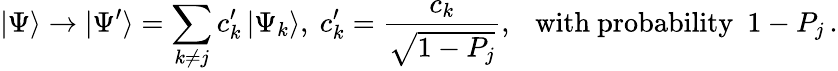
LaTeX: |\Psi\rangle\to|\Psi^{\prime}\rangle=\sum_{k\ne j}c_{k}^{\prime}\, |\Psi_{k}\rangle,\ c_{k}^{\prime}={\frac{c_{k}}{\sqrt{1-P_{j}}}},~~~\mathrm{with\ probability}~~1-P_{j}\, .